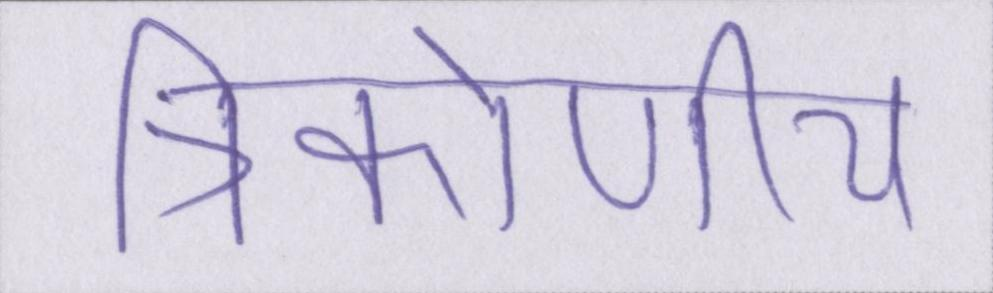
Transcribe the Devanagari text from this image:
त्रिकोणीय